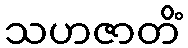
သဟဇာတိံ